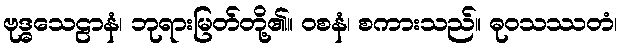
ဗုဒ္ဓသေဠာနံ၊ ဘုရားမြတ်တို့၏။ ဝစနံ၊ စကားသည်။ ဓုဝသဿတံ၊